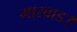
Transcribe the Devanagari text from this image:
मारवाड।